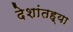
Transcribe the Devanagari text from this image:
देशांतह्या